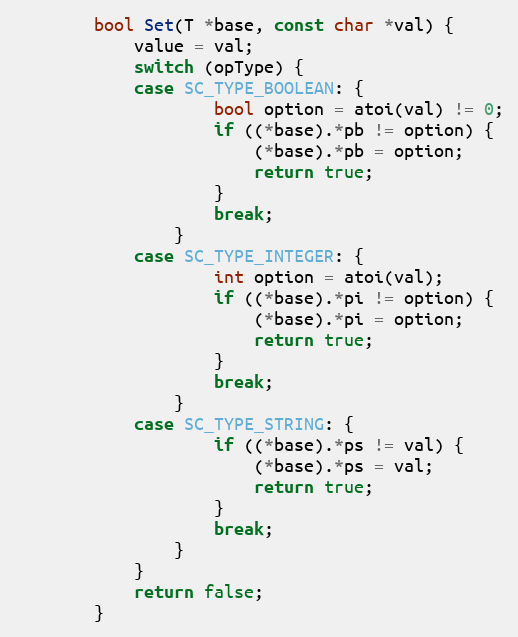
Language: C
		bool Set(T *base, const char *val) {
			value = val;
			switch (opType) {
			case SC_TYPE_BOOLEAN: {
					bool option = atoi(val) != 0;
					if ((*base).*pb != option) {
						(*base).*pb = option;
						return true;
					}
					break;
				}
			case SC_TYPE_INTEGER: {
					int option = atoi(val);
					if ((*base).*pi != option) {
						(*base).*pi = option;
						return true;
					}
					break;
				}
			case SC_TYPE_STRING: {
					if ((*base).*ps != val) {
						(*base).*ps = val;
						return true;
					}
					break;
				}
			}
			return false;
		}